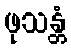
ဖုသန္တံ